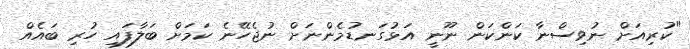
"ކުރިއަށް ނުވިސްނާ ކަންކަން ނޫނީ އަޅުގަނޑުމެންނަށް ނުޖެހޭނެ ކަމަށް ބަލާފައި ހުރި ބައެއް